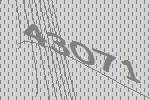
43071